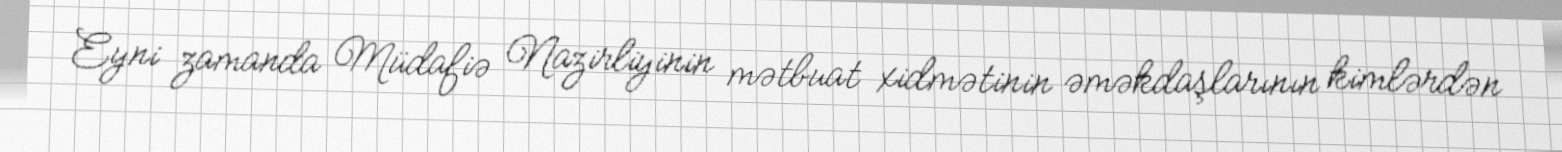
Eyni zamanda Müdafiə Nazirliyinin mətbuat xidmətinin əməkdaşlarının kimlərdən